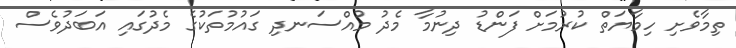
ތިމާވެށި ހިމާޔަތް ކުރުމަށް ފަންޑު ދިނުމާ މެދު މުއްސަނދި ގައުމުތަކުގެ މެދުގައި އަބަދުވެސް